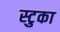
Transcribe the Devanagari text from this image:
स्टुका